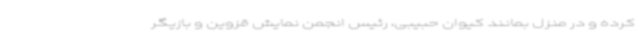
کرده و در منزل بمانند کیوان حبیبی، رئیس انجمن نمایش قزوین و بازیگر